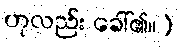
ဟုလည်း ခေါ်၏။)